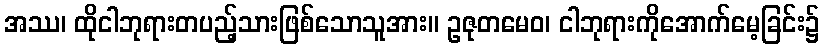
အဿ၊ ထိုငါဘုရားတပည့်သားဖြစ်သောသူအား။ ဥဇုတမေဝ၊ ငါဘုရားကိုအောက်မေ့ခြင်း၌